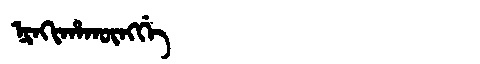
Manchu: ᠨᡳᠨᡴᡳᡥᠠᡴᡡᠩᡤᡝ
Romanization: NINKIHAKŪNGGE